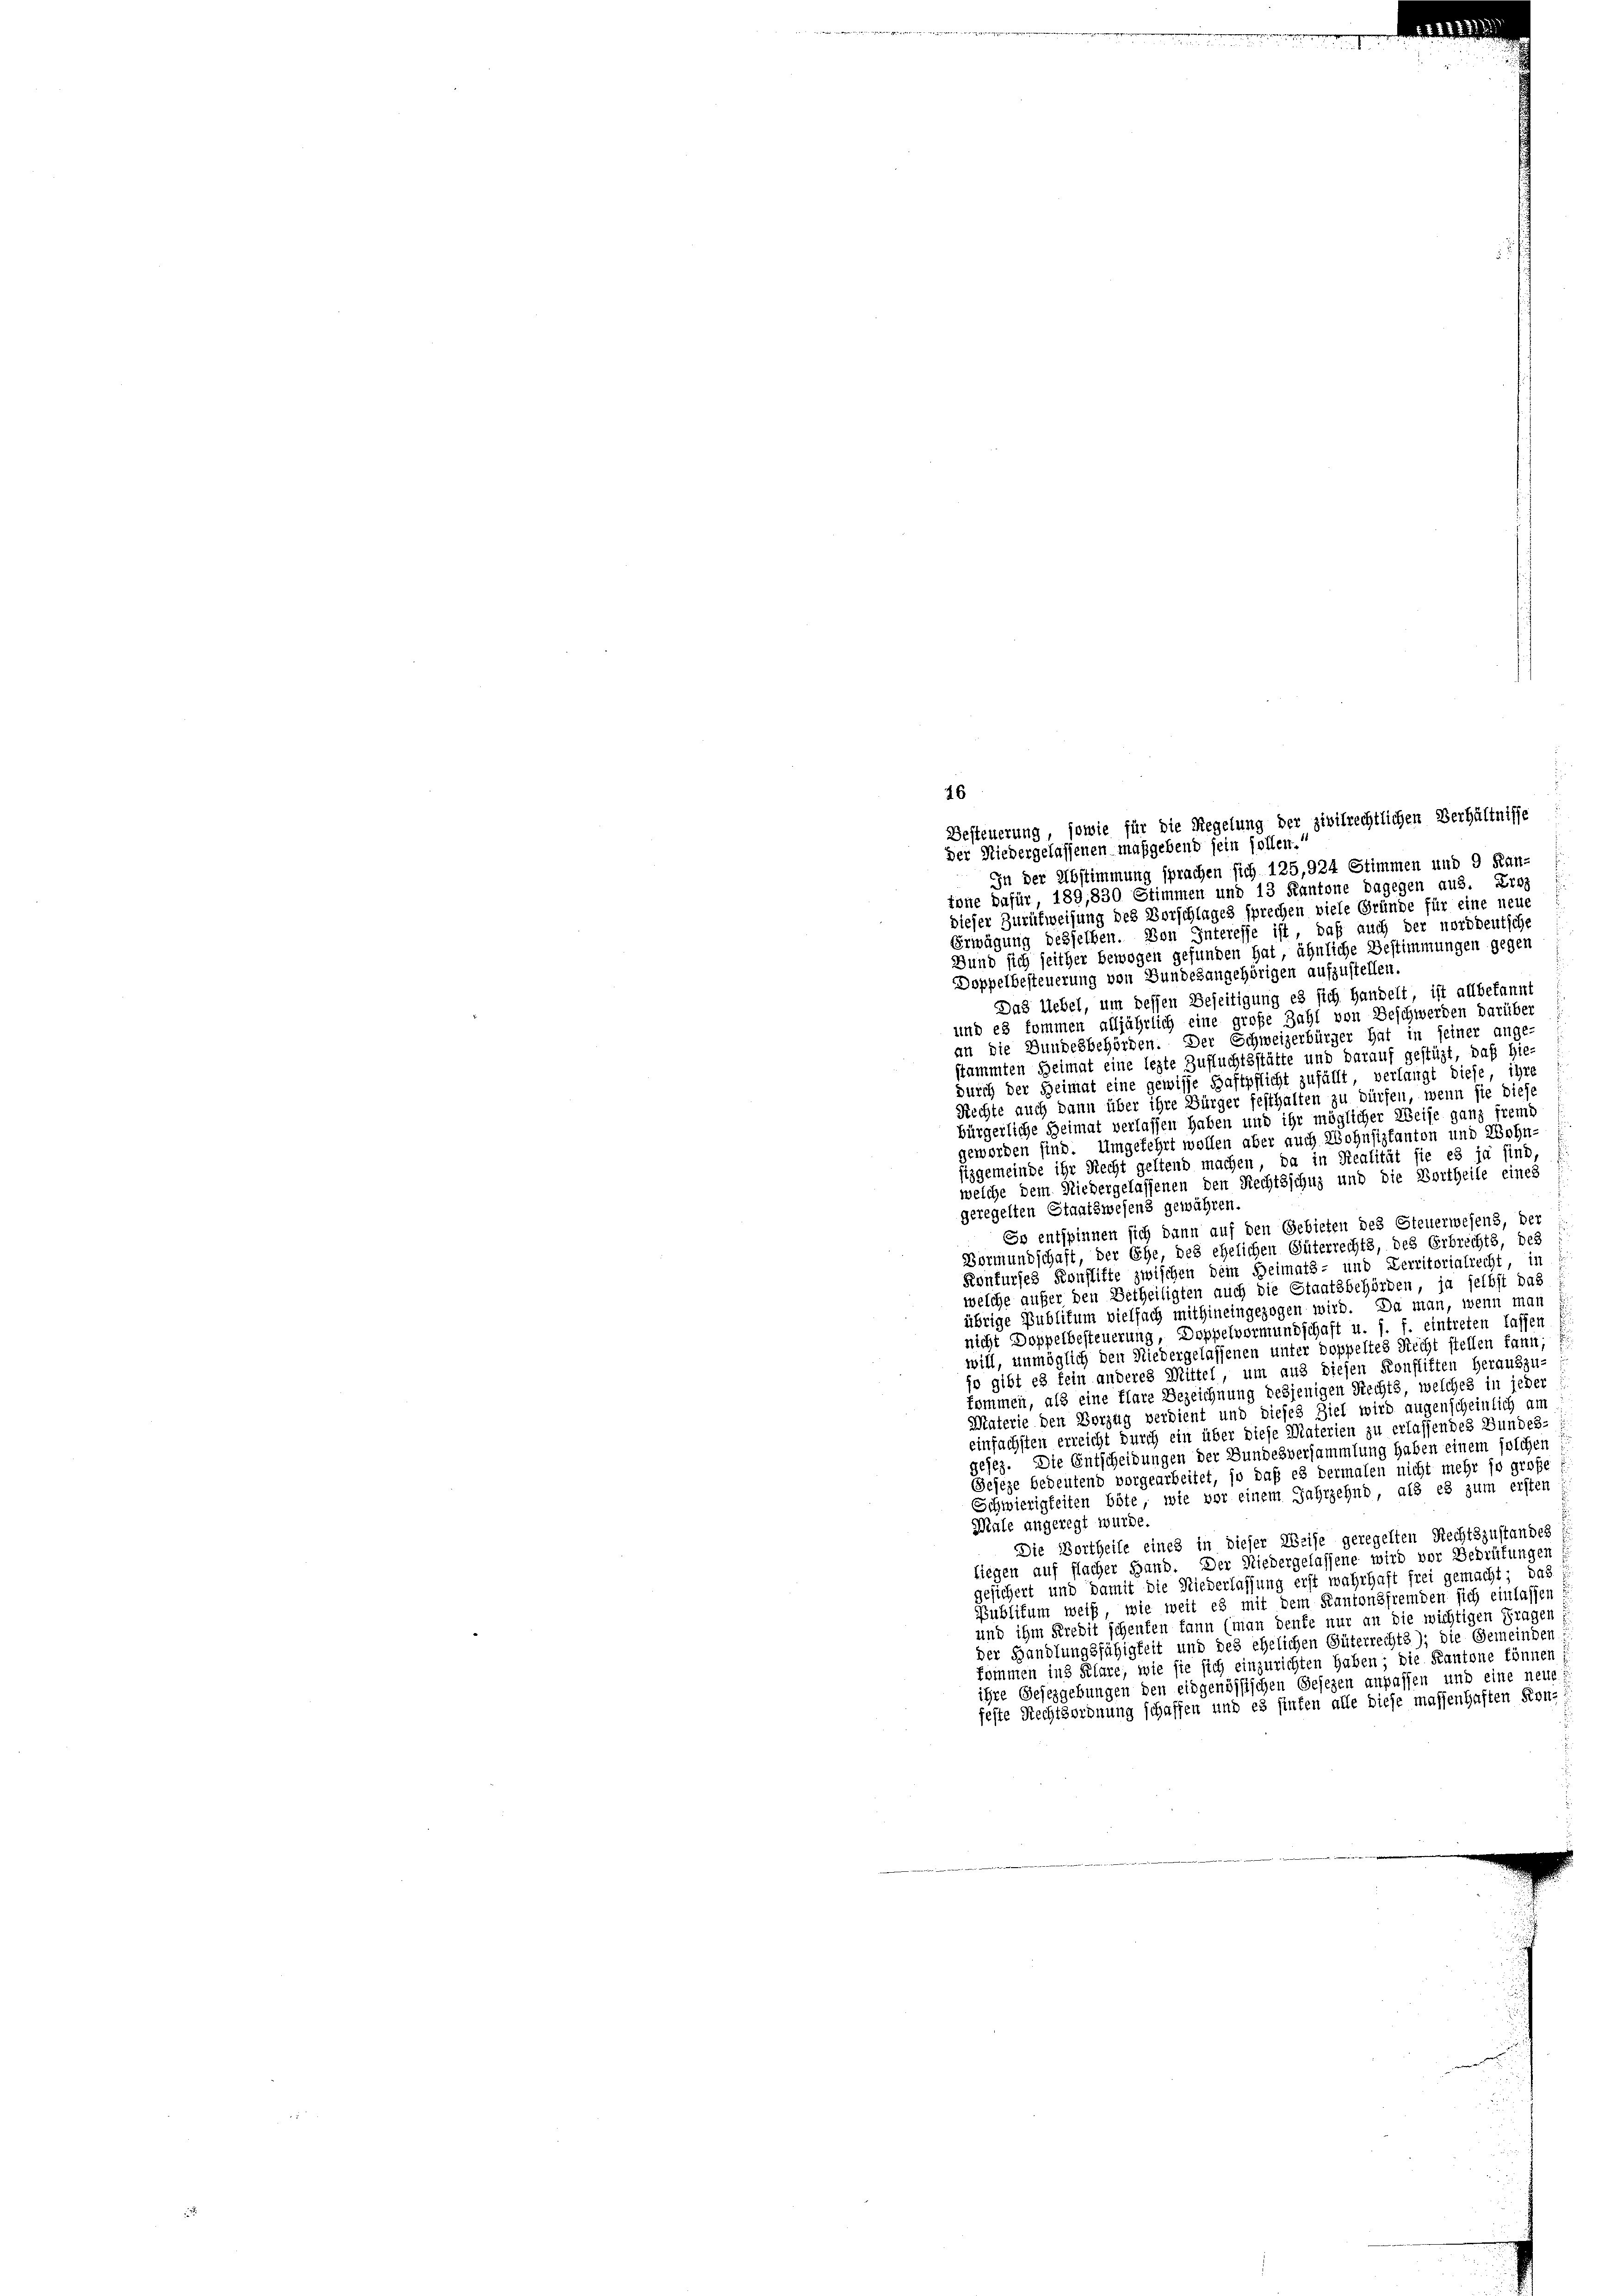
Besteuerung, sowie für die Regelung der zivilrechtlichen Verhältnisse
der Niedergelassenen maßgebend sein sollen.
In der Abstimmung sprachen sich 125,924 Stimmen und 9 Kan-
tone dafür, 189, 830 Stimmen und 13 Kantone dagegen aus. Eros
dieser Zurükweisung des Vorschlages sprechen viele Gründe für eine neue
Erwägung desselben. Von Interesse ist, daß auch der norddeutsche
Bund sich seither bewogen gefunden hat, ähnliche Bestimmungen gegen
Doppelbesteuerung von Bundesangehörigen aufzustellen.
Das Uebel, um dessen Beseitigung es sich handelt, ist allbekannt
und es kommen alljährlich eine große Zahl von Beschwerden darübe
an die Bundesbehörden. Der Schweizerbürger hat in seiner ange-
stammten Heimat eine legte Zufluchtsstätte und darauf gestüzt, daß hie-
durch der Heimat eine gewisse Haftpflicht zufällt, verlangt diese, ihre
Rechte auch dann über ihre Bürger festhalten zu dürfen, wenn sie diese
bürgerliche Heimat verlassen haben und ihr möglicher Weise ganz fremd
geworden sind. Umgekehrt wollen aber auch Wohnsiztanton und Wohn-
sizgemeinde ihr Recht geltend machen, da in Realität sie es ja find
welche dem Niedergelassenen den Rechtsschuz und die Vortheile eines
geregelten Staatswesens gewähren.
So entspinnen sich dann auf den Gebieten des Steuerwesens, der
Bormundschaft, der Ehe, des ehelichen Güterrechts, des Erbrechts, des
Konfurses Konflikte zwischen dem Heimats- und Verritorialrecht, in
welche außer den Betheiligten auch die Staatsbehörden, ja selbst das
übrige Publikum vielfach mithineingezogen wird. Da man, wenn man
nicht Doppelbesteuerung, Doppelvormundschaft u. s. f. eintreten lassen
will, unmöglich den Niedergelassenen unter doppeltes Recht stellen kann;
jo gibt es fein anderes Mittel, um aus diesen Konflikten herauszu-
kommen, als eine klare Bezeichnung desjenigen Rechts, welches in jeder
Materie den Vorzug verdient und dieses Ziel wird augenscheinlich am
einfachsten erreicht durch ein über diese Materien zu erlassendes Bundes-
gejez. Die Entscheidungen der Bundesversammlung haben einem solchen
Gejeze bedeutend vorgearbeitet, so daß es dermalen nicht mehr so große
Schwierigkeiten böte, wie vor einem Jahrzehnd, als es zum ersten
Male angeregt wurde.
Die Vortheile eines in dieser Weise geregelten Rechtszustandes
Liegen auf flacher Hand. Der Niedergelassene wird vor Bedrüfungen
gesichert und damit die Niederlassung erst wahrhaft frei gemacht; das
Publikum weiß, wie weit es mit dem Kantonsfremden sich einlassen:
und ihm Kredit schenten kann (man denke nur an die wichtigen Fragen:
der Handlungsfähigkeit und des ehelichen Güterrecht); die Gemeinden
kommen ins Klare, wie sie sich einzurichten haben; die Kantone können:
ihre Gesezgebungen den eidgenössischen Gesezen anpassen und eine neue
feste Rechtsordnung schaffen und es sinten alle diese massenhaften Kon-

46